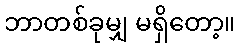
ဘာတစ်ခုမျှ မရှိတော့။